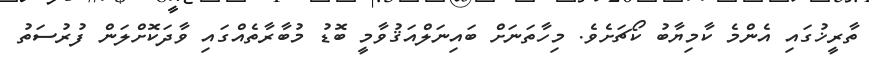
ތާރީޚުގައި އެންމެ ކާމިޔާބު ކޯޗަށެވެ. މިހާތަނަށް ބައިނަލްއަޤުވާމީ ބޮޑު މުބާރާތެއްގައި ވާދަކޮށްލަން ފުރުސަތު